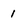
Character: 1